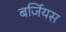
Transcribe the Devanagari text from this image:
बर्जियस